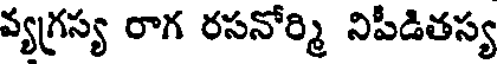
వ్యగ్రస్య రాగ రసనోర్మి నిపీడితస్య